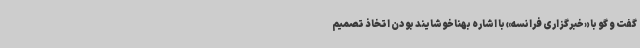
گفت و گو با «خبرگزاری فرانسه» با اشاره بهناخوشایند بودن اتخاذ تصمیم